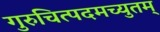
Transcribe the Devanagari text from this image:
गुरुचित्पदमच्युतम्